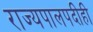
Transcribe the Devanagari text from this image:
राज्यपालपदीही